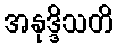
အနုဒ္ဒိသတိ